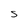
Character: S